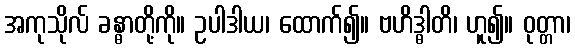
အကုသိုလ် ခန္ဓာတို့ကို။ ဥပါဒါယ၊ ထောက်၍။ ဗဟိဒ္ဓါတိ၊ ဟူ၍။ ဝုတ္တာ၊